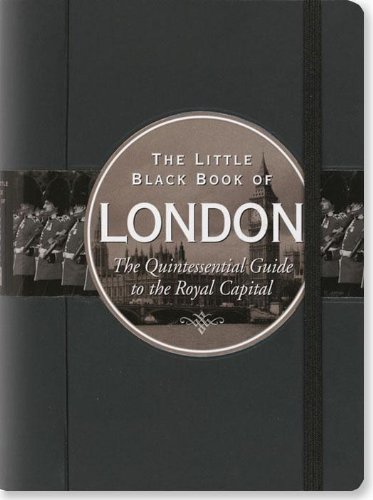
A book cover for Little Black Book of London 2010 (2nd edition, Travel Guide); Vesna Neskow; Travel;